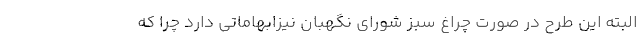
البته این طرح در صورت چراغ سبز شورای نگهبان نیزابهاماتی دارد چرا که